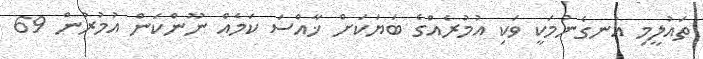
ތައުލީމި އުނގެނުމަކީ ވަކި އުމުރެއްގެ ބަޔަކަށް ޚާއްސަ ކަމެއް ނޫންކަން އުމުރުން 69